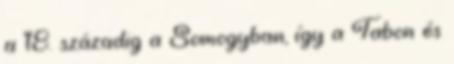
a 18. századig a Somogyban, így a Tabon és